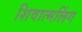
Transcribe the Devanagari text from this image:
शिवात्मलिंग